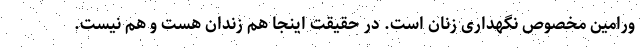
ورامین مخصوص نگهداری زنان است. در حقیقت اینجا هم زندان هست و هم نیست.